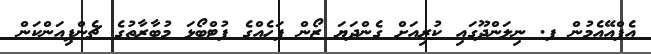
އެފްއޭއެމުން ފ. ނިލަންދޫގައި ކުރިއަށް ގެންދަޔަ ޒޯން ފަހެއްގެ ފުޓްބޯޅަ މުބާރާތުގެ ޗެންޕިއަންކަން